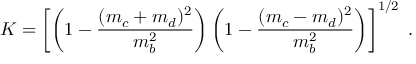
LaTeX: K = \left[ \left( 1 - \frac { ( m _ { c } + m _ { d } ) ^ { 2 } } { m _ { b } ^ { 2 } } \right) \left( 1 - \frac { ( m _ { c } - m _ { d } ) ^ { 2 } } { m _ { b } ^ { 2 } } \right) \right] ^ { 1 / 2 } \; .